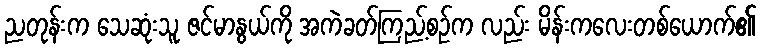
ညတုန်းက သေဆုံးသူ ဇင်မာနွယ်ကို အကဲခတ်ကြည့်စဉ်က လည်း မိန်းကလေးတစ်ယောက်၏